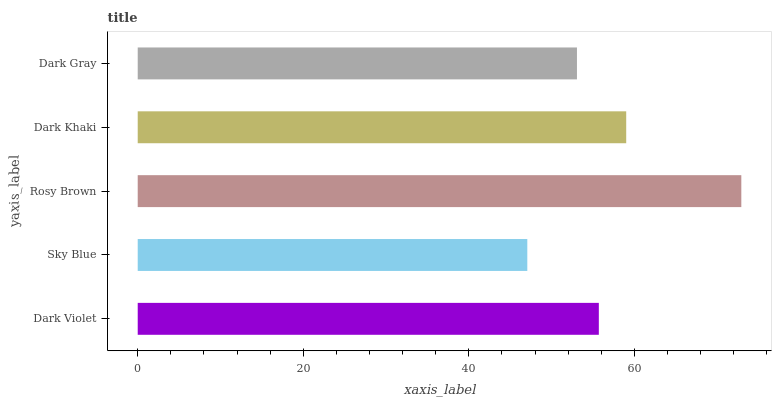
| yaxis_label | bars |
 | --- | --- |
 | Dark Violet | 55.7 |
 | Sky Blue | 47.1 |
 | Rosy Brown | 72.9 |
 | Dark Khaki | 59 |
 | Dark Gray | 53.1 |